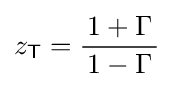
z_{\mathsf {T}}={\frac {1+\Gamma }{\,1-\Gamma \,}}